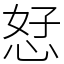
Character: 恏